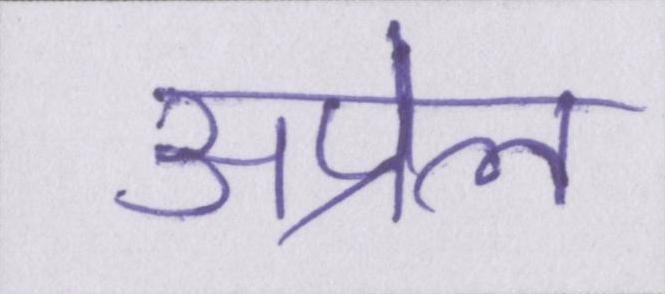
अप्रेल